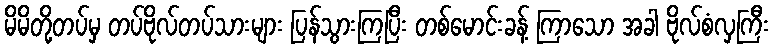
မိမိတို့တပ်မှ တပ်ဗိုလ်တပ်သားများ ပြန်သွားကြပြီး တစ်မောင်းခန့် ကြာသော အခါ ဗိုလ်စံလှကြီး